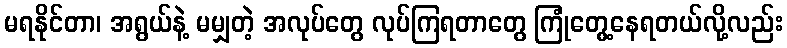
မရနိုင်တာ၊ အရွယ်နဲ့ မမျှတဲ့ အလုပ်တွေ လုပ်ကြရတာတွေ ကြုံတွေ့နေရတယ်လို့လည်း